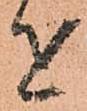
を